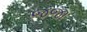
જજા